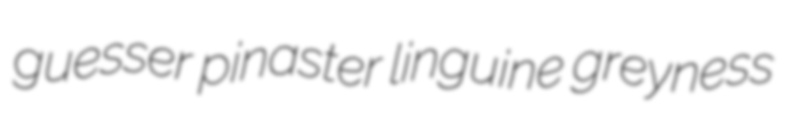
guesser pinaster linguine greyness